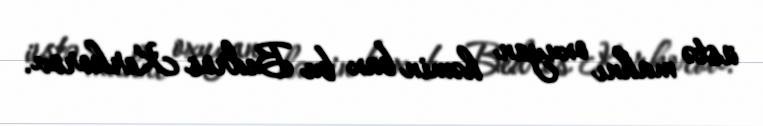
üstə mahnı oxuyan həmin bax bu Bedros Kerkorov.